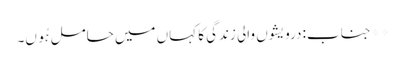
** جناب: درویشوں والی زندگی کا کہاں میں حامل ہُوں۔